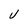
Character: V